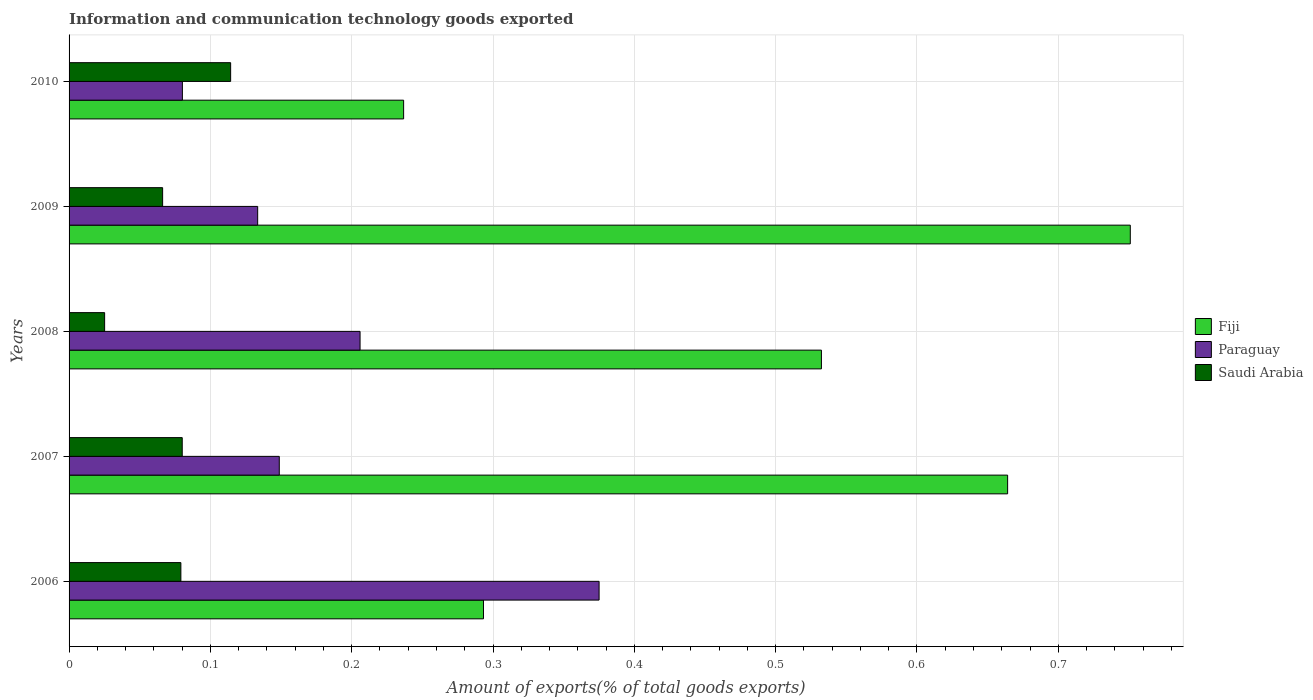
| Years | Fiji | Paraguay | Saudi Arabia |
 | --- | --- | --- | --- |
 | 2006 | 0.293 | 0.375 | 0.0791 |
 | 2007 | 0.664 | 0.149 | 0.0801 |
 | 2008 | 0.532 | 0.206 | 0.0252 |
 | 2009 | 0.751 | 0.133 | 0.0662 |
 | 2010 | 0.237 | 0.0802 | 0.114 |